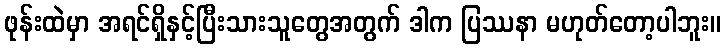
ဖုန်းထဲမှာ အရင်ရှိနှင့်ပြီးသားသူတွေအတွက် ဒါက ပြဿနာ မဟုတ်တော့ပါဘူး။